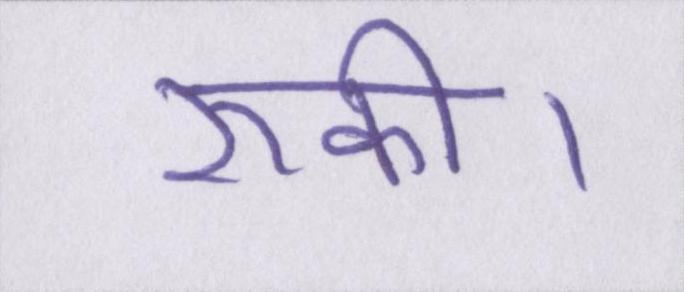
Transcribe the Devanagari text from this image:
रुकी।